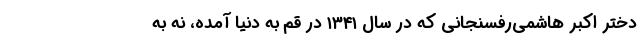
دختر اکبر هاشمی‌رفسنجانی که در سال ۱۳۴۱ در قم به دنیا آمده، نه به